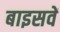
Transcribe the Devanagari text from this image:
बाइसवें